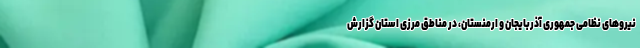
نیروهای نظامی جمهوری آذربایجان و ارمنستان، در مناطق مرزی استان گزارش